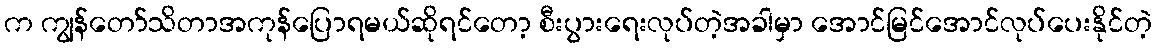
က ကျွန်တော်သိတာအကုန်ပြောရမယ်ဆိုရင်တော့ စီးပွားရေးလုပ်တဲ့အခါမှာ အောင်မြင်အောင်လုပ်ပေးနိုင်တဲ့